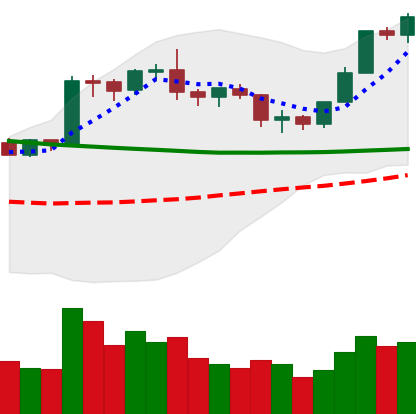
Ticker: BTC-USD
Chart end date: 2020-01-30
Forward return: -3.45%
Label: down_3_5